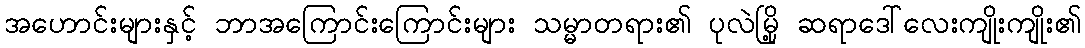
အဟောင်းများနှင့် ဘာအကြောင်းကြောင်းများ သမ္မာတရား၏ ပုလဲမြို့ ဆရာဒေါ်လေးကျိုးကျိုး၏